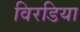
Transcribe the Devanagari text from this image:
विरडिया